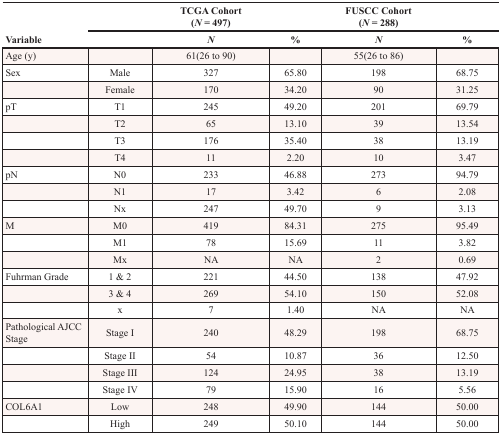
<table><thead><tr><td rowspan="2"><b>Variable</b></td><td colspan="3"><b>TCGA Cohort (<i>N</i> = 497)</b></td><td colspan="2"><b>FUSCC Cohort (<i>N</i> = 288)</b></td></tr><tr><td></td><td><b><i>N</i></b></td><td><b>%</b></td><td><b><i>N</i></b></td><td><b>%</b></td></tr></thead><tbody><tr><td>Age (y)</td><td></td><td>61(26 to 90)</td><td></td><td>55(26 to 86)</td><td></td></tr><tr><td>Sex</td><td>Male</td><td>327</td><td>65.80</td><td>198</td><td>68.75</td></tr><tr><td></td><td>Female</td><td>170</td><td>34.20</td><td>90</td><td>31.25</td></tr><tr><td>pT</td><td>T1</td><td>245</td><td>49.20</td><td>201</td><td>69.79</td></tr><tr><td></td><td>T2</td><td>65</td><td>13.10</td><td>39</td><td>13.54</td></tr><tr><td></td><td>T3</td><td>176</td><td>35.40</td><td>38</td><td>13.19</td></tr><tr><td></td><td>T4</td><td>11</td><td>2.20</td><td>10</td><td>3.47</td></tr><tr><td>pN</td><td>N0</td><td>233</td><td>46.88</td><td>273</td><td>94.79</td></tr><tr><td></td><td>N1</td><td>17</td><td>3.42</td><td>6</td><td>2.08</td></tr><tr><td></td><td>Nx</td><td>247</td><td>49.70</td><td>9</td><td>3.13</td></tr><tr><td>M</td><td>M0</td><td>419</td><td>84.31</td><td>275</td><td>95.49</td></tr><tr><td></td><td>M1</td><td>78</td><td>15.69</td><td>11</td><td>3.82</td></tr><tr><td></td><td>Mx</td><td>NA</td><td>NA</td><td>2</td><td>0.69</td></tr><tr><td>Fuhrman Grade</td><td>1 &amp; 2</td><td>221</td><td>44.50</td><td>138</td><td>47.92</td></tr><tr><td></td><td>3 &amp; 4</td><td>269</td><td>54.10</td><td>150</td><td>52.08</td></tr><tr><td></td><td>x</td><td>7</td><td>1.40</td><td>NA</td><td>NA</td></tr><tr><td>Pathological AJCC Stage</td><td>Stage I</td><td>240</td><td>48.29</td><td>198</td><td>68.75</td></tr><tr><td></td><td>Stage II</td><td>54</td><td>10.87</td><td>36</td><td>12.50</td></tr><tr><td></td><td>Stage III</td><td>124</td><td>24.95</td><td>38</td><td>13.19</td></tr><tr><td></td><td>Stage IV</td><td>79</td><td>15.90</td><td>16</td><td>5.56</td></tr><tr><td>COL6A1</td><td>Low</td><td>248</td><td>49.90</td><td>144</td><td>50.00</td></tr><tr><td></td><td>High</td><td>249</td><td>50.10</td><td>144</td><td>50.00</td></tr></tbody></table>